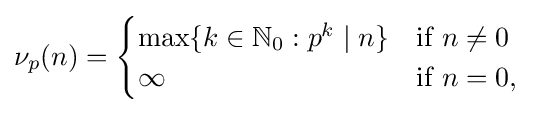
\nu _{p}(n)={\begin{cases}\mathrm {max} \{k\in \mathbb {N} _{0}:p^{k}\mid n\}&{\text{if }}n\neq 0\\\infty &{\text{if }}n=0,\end{cases}}